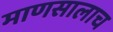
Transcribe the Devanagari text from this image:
माणसालाच